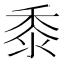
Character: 黍